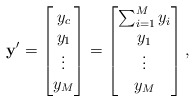
\begin{align*} \mathbf{y}'=\begin{bmatrix} y_c\\ y_1\\ \vdots\\ y_M \end{bmatrix}=\begin{bmatrix} \sum_{i=1}^{M} y_i\\ y_1\\ \vdots\\ y_M \end{bmatrix},\end{align*}